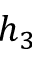
h _ { 3 }